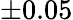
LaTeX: \pm 0.05